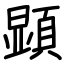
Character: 顕